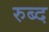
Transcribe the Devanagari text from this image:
रुब्द